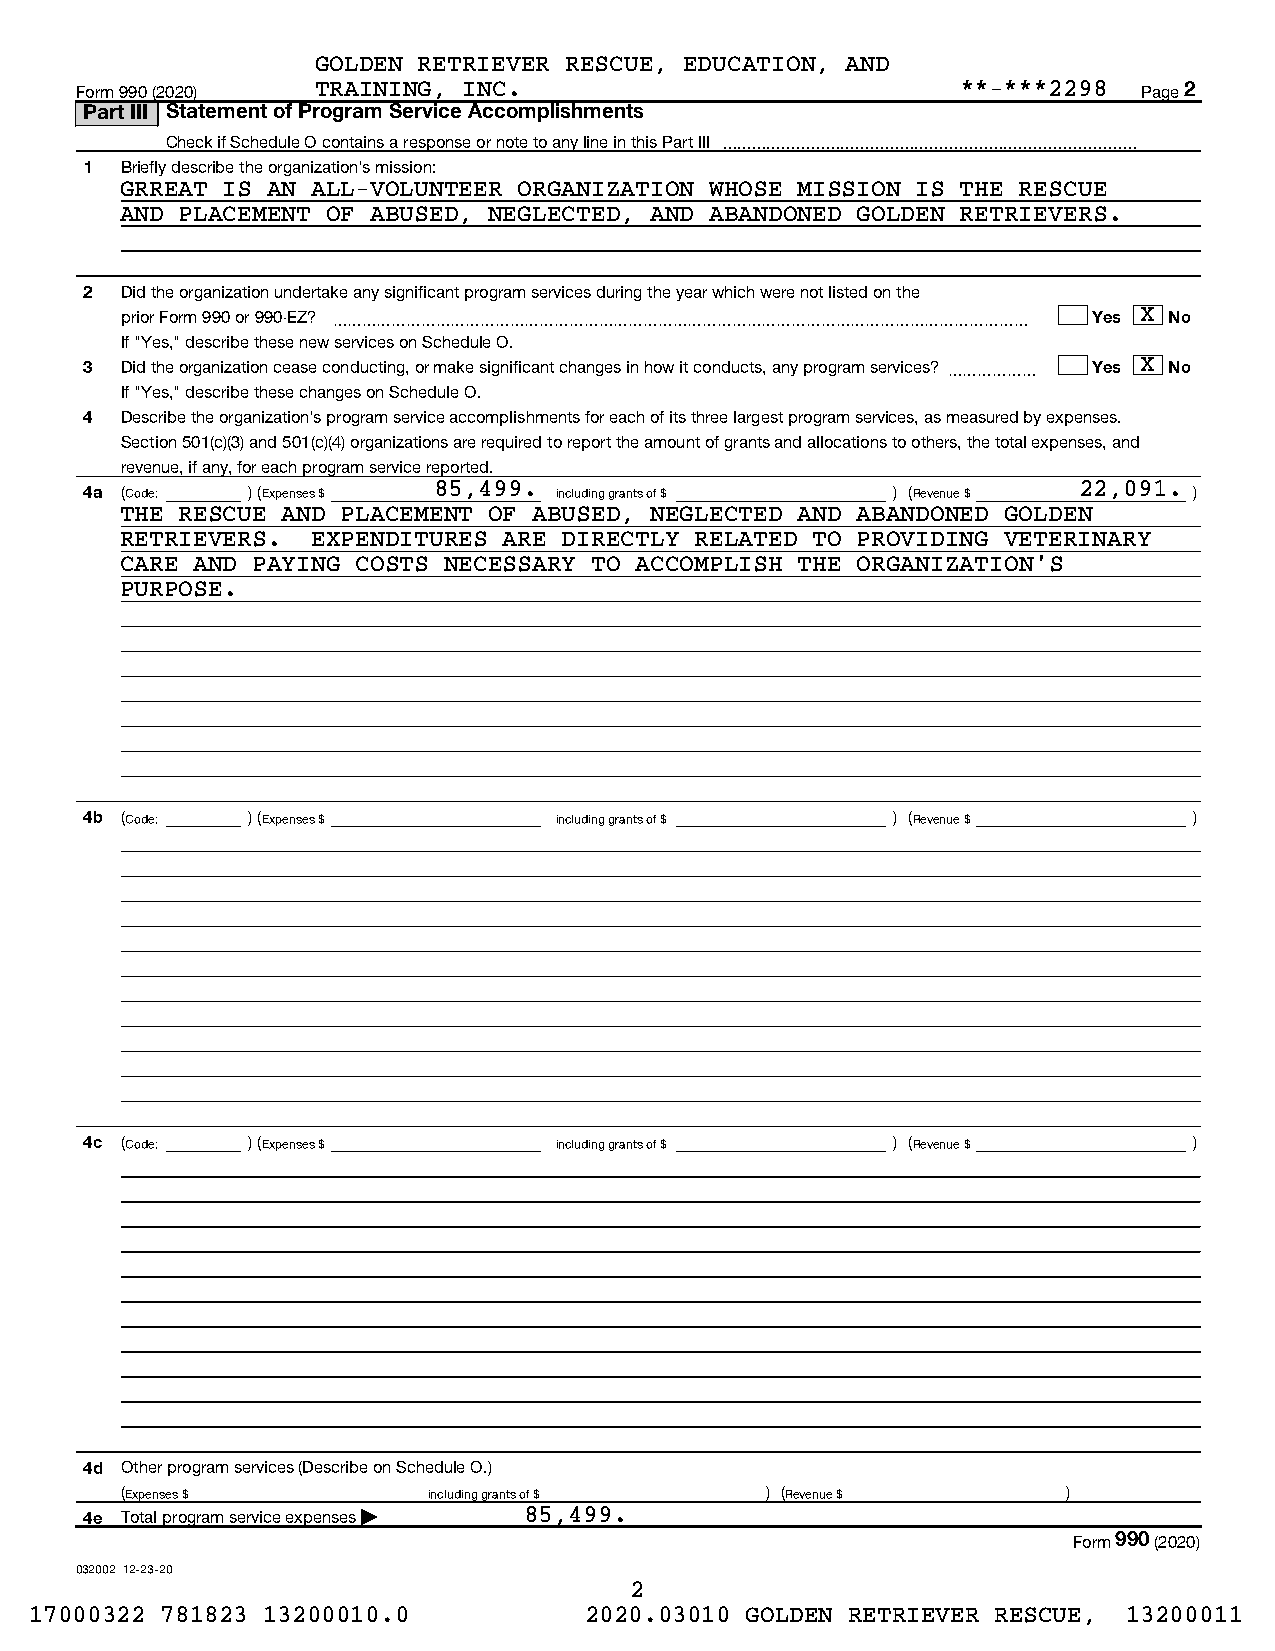
GOLDEN RETRIEVER RESCUE, EDUCATION, AND
 Form 990 (2020) TRAINING, INC.                             **-***2298  Page 2
 Part III Statement of Program Service Accomplishments
 Check if Schedule O contains a response or note to any line in this Part III 
 1 Briefly describe the organization's mission:
 GRREAT IS AN ALL-VOLUNTEER ORGANIZATION WHOSE MISSION IS THE RESCUE
 AND PLACEMENT OF ABUSED, NEGLECTED, AND ABANDONED GOLDEN RETRIEVERS.
 2 Did the organization undertake any significant program services during the year which were not listed on the
 prior Form 990 or 990-EZ? ~~~~~~~~~~~~~~~~~~~~~~~~~~~~~~~~~~~~~~~~~~~~~~~ Yes X No
 If "Yes," describe these new services on Schedule O.
 3 Did the organization cease conducting, or make significant changes in how it conducts, any program services? ~~~~~~ Yes X No
 If "Yes," describe these changes on Schedule O.
 4 Describe the organization's program service accomplishments for each of its three largest program services, as measured by expenses.
 Section 501(c)(3) and 501(c)(4) organizations are required to report the amount of grants and allocations to others, the total expenses, and
 revenue, if any, for each program service reported.
 4a (Code: ) (Expenses $ 85,499. including grants of $ ) (Revenue $ 22,091. )
 THE RESCUE AND PLACEMENT OF ABUSED, NEGLECTED AND ABANDONED GOLDEN
 RETRIEVERS.  EXPENDITURES ARE DIRECTLY RELATED TO PROVIDING VETERINARY
 CARE AND PAYING COSTS NECESSARY TO ACCOMPLISH THE ORGANIZATION'S
 PURPOSE.
 4b (Code: ) (Expenses $        including grants of $ ) (Revenue $        )
 4c (Code: ) (Expenses $        including grants of $ ) (Revenue $        )
 4d Other program services (Describe on Schedule O.)
 (Expenses $         including grants of $  ) (Revenue $        )
 4e Total program service expenses | 85,499.
 Form 990 (2020)
 032002 12-23-20
 2
 17000322 781823 13200010.0           2020.03010 GOLDEN RETRIEVER RESCUE, 13200011